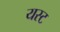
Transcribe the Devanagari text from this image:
यस्ट